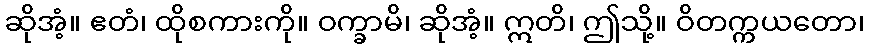
ဆိုအံ့။ ဧတံ၊ ထိုစကားကို။ ဝက္ခာမိ၊ ဆိုအံ့။ ဣတိ၊ ဤသို့။ ဝိတက္ကယတော၊